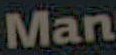
Man